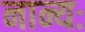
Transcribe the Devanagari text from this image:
नान्यः